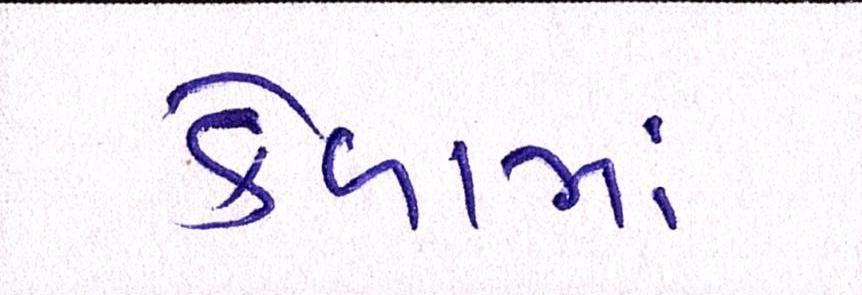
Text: કેળામાં